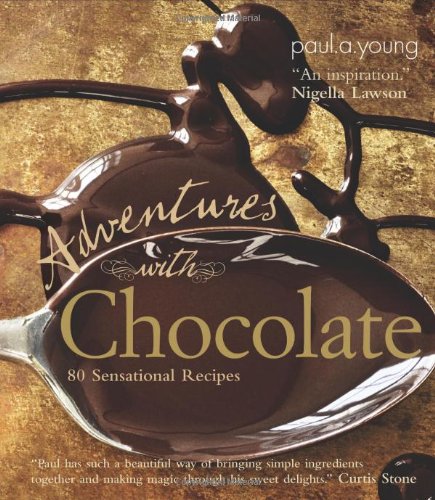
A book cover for Adventures with Chocolate: 80 Sensational Recipes; Paul A. Young; Cookbooks, Food & Wine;